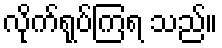
လိုက်ရုပ်ကြရ သည်။